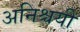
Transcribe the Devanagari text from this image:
अनिश्चयी